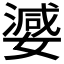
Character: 𭒞